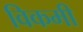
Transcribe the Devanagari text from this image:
विकमी